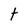
Character: t